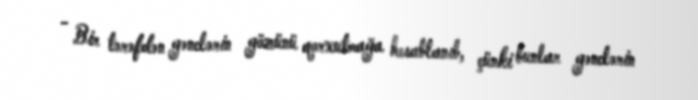
- Bir tərəfdən gənclərin gözünü qorxutmağa hesablanıb, çünki bunlar gənclərin